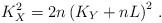
LaTeX: \begin{align*}K_X^2 = 2n \left( K_Y + nL \right)^2 \, .\end{align*}